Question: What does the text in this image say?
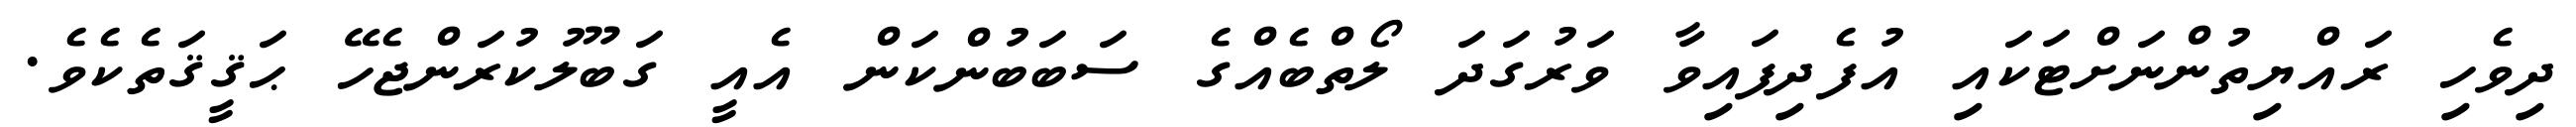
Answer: ދިވެހި ރައްޔިތުންނަށްޓަކައި އުފެދިފައިވާ ވަރުގަދަ ލޯތްބެއްގެ ސަބަބުންކަން އެއީ ގަބޫލުކުރަންޖެހޭ ޙަޤީޤަތެކެވެ.